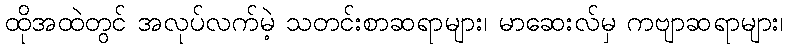
ထိုအထဲတွင် အလုပ်လက်မဲ့ သတင်းစာဆရာများ၊ မာဆေးလ်မှ ကဗျာဆရာများ၊